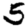
Digit: 5